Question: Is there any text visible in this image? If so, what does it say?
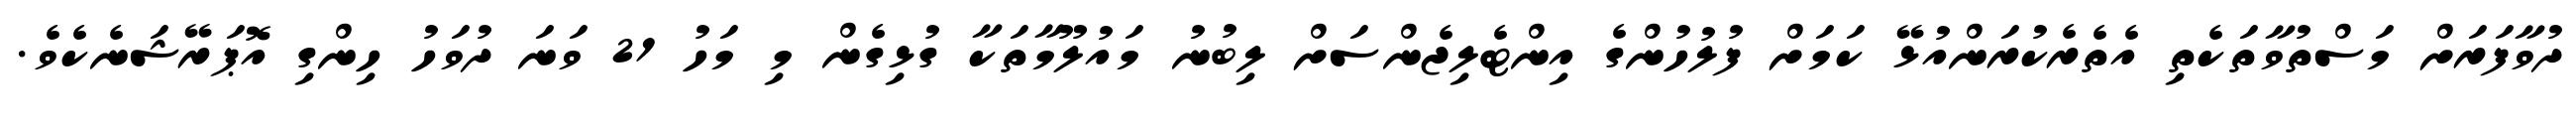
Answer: ދުވާފަރަށް މަސްތުވާތަކެތި އެތެރެކުރަންއުޅޭ ކަމަށް ފުލުހުންގެ އިންޓެލިޖެންސަށް ލިބުނު މައުލޫމާތަކާ ގުޅިގެން މި މަހު 21 ވަނަ ދުވަހު ހިންގި އޮޕަރޭޝަނެކެވެ.